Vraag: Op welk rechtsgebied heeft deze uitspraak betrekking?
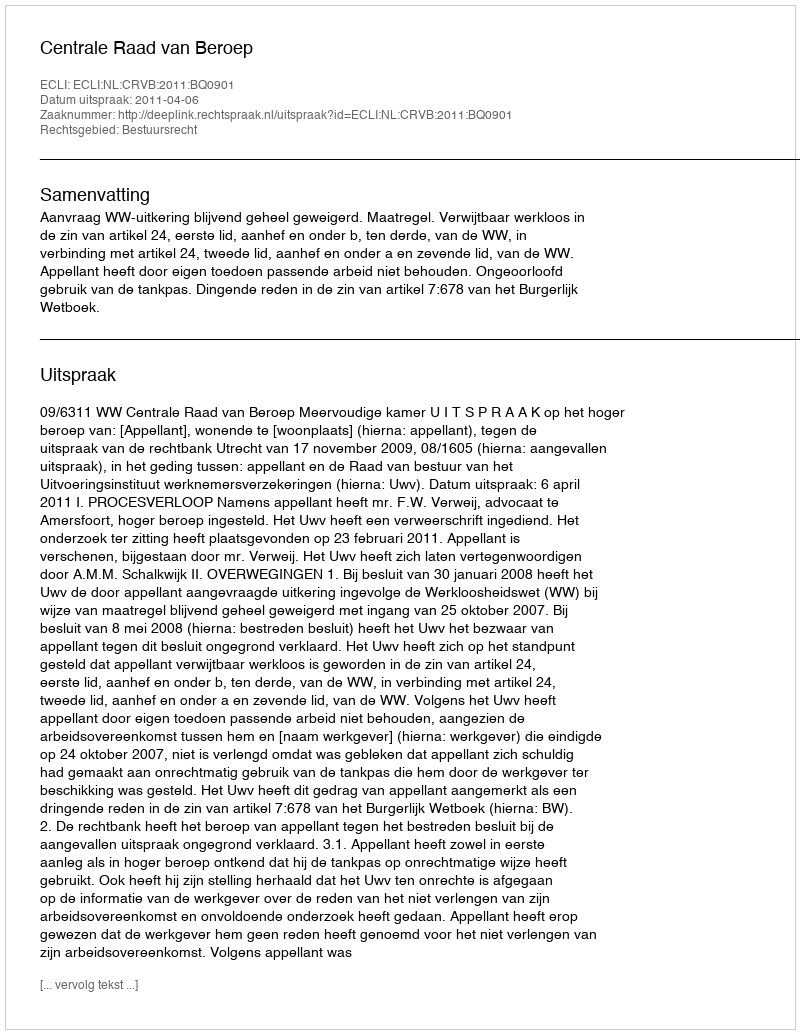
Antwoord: Bestuursrecht